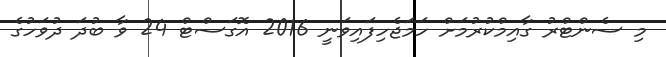
މި ސެންޓްރު ގާއިމްކުރުމަށް ހަމަޖެހިފައިވަނީ 2016 އޮގަސްޓް 24 ވާ ބުދަ ދުވަހުގެ